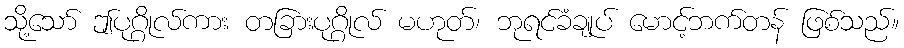
သို့သော် ဤပုဂ္ဂိုလ်ကား တခြားပုဂ္ဂိုလ် မဟုတ်၊ ဘုရင်ခံချုပ် မောင့်ဘက်တန် ဖြစ်သည်။